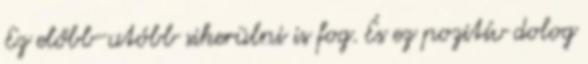
Ez előbb-utóbb sikerülni is fog. És ez pozitív dolog